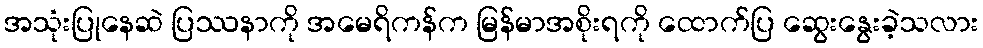
အသုံးပြုနေဆဲ ပြဿနာကို အမေရိကန်က မြန်မာအစိုးရကို ထောက်ပြ ဆွေးနွေးခဲ့သလား